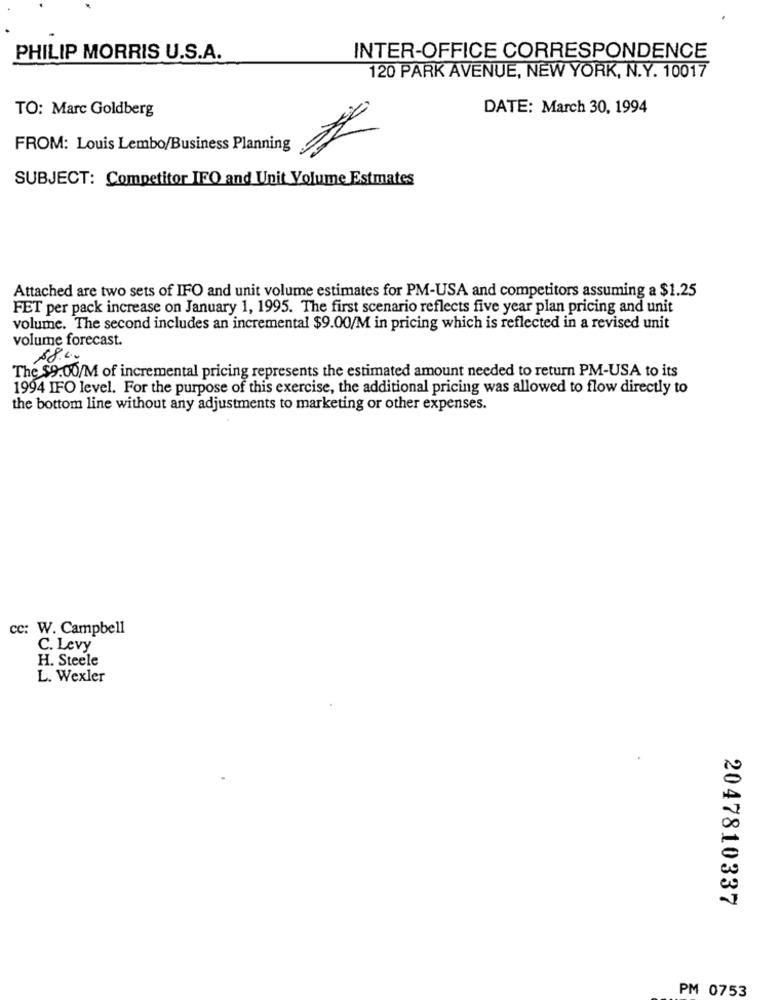
PHILIP MORRIS U.S.A.
INTER-OFFICE CORRESPONDENCE
120 PARK AVENUE, NEW YORK, N.Y. 10017
TO: Marc Goldberg
DATE: March 30, 1994
FROM: Louis Lembo/Business Planning
SUBJECT: Competitor IFO and Unit Volume Estmates
Attached are two sets of IFO and unit volume estimates for PM-USA and competitors assuming a $1.25
FET per pack increase on January 1, 1995. The first scenario reflects five year plan pricing and unit
volume. The second includes an incremental $9.00/M in pricing which is reflected in a revised unit
volume forecast.
58.00
The $9.00/M of incremental pricing represents the estimated amount needed to return PM-USA to its
1994 IFO level. For the purpose of this exercise, the additional pricing was allowed to flow directly to
the bottom line without any adjustments to marketing or other expenses.
cc: W. Campbell
C. Levy
H. Steele
L. Wexler
2047810337
PM 0753